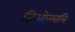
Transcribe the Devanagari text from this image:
जिओन्खलि